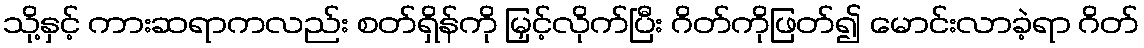
သို့နှင့် ကားဆရာကလည်း စတ်ရှိန်ကို မြှင့်လိုက်ပြီး ဂိတ်ကိုဖြတ်၍ မောင်းလာခဲ့ရာ ဂိတ်